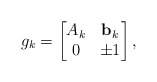
\begin{align*} g_k =\begin{bmatrix}A_k & \mathbf{b}_k \\0 & \pm 1\end{bmatrix},\end{align*}